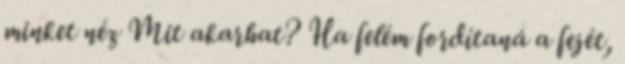
minket néz Mit akarhat? Ha felém fordítaná a fejét,